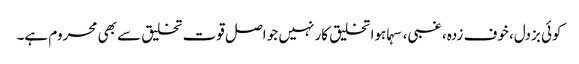
کوئی بزدل، خوف زدہ، غبی، سہماہوا تخلیق کار نہیں جو اصل قوت تخلیق سے بھی محروم ہے۔